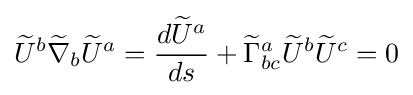
{\widetilde {U}}^{b}{\widetilde {\nabla }}_{b}{\widetilde {U}}^{a}={\frac {d{\widetilde {U}}^{a}}{ds}}+{\widetilde {\Gamma }}_{bc}^{a}{\widetilde {U}}^{b}{\widetilde {U}}^{c}=0